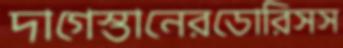
দাগেস্তানেরডোরিসস